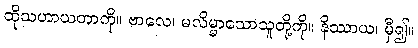
ထိုသဟာယတာကို။ ဗာလေ၊ မလိမ္မာသောသူတို့ကို။ နိဿာယ၊ မှီ၍။